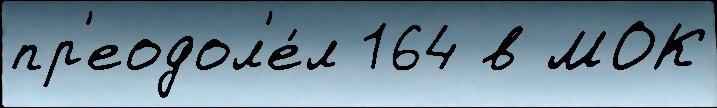
пр'еодол'е́л 164 в МОК